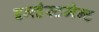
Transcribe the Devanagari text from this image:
इन्व्हेस्टमेन्ट